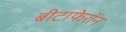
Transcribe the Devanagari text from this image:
बीटाफेरॉन